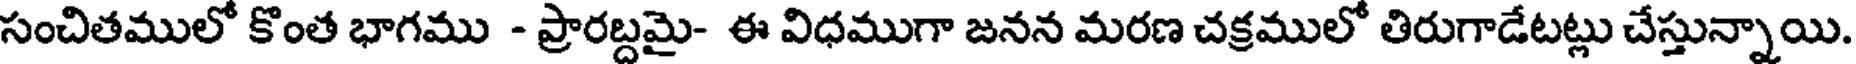
సంచితములో కొంత భాగము - ప్రారబ్దమై- ఈ విధముగా జనన మరణ చక్రములో తిరుగాడేటట్లు చేస్తున్నాయి.